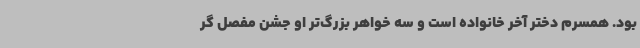
بود. همسرم دختر آخر خانواده است و سه خواهر بزرگ‌تر او جشن مفصل گر